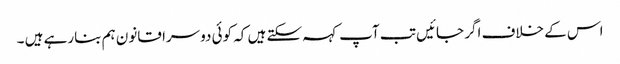
اس کے خلاف اگر جائیں تب آپ کہہ سکتے ہیں کہ کوئی دوسرا قانون ہم بنارہے ہیں ۔